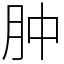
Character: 肿